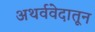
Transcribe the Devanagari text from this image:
अथर्ववेदातून